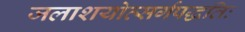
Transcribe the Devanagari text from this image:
जलाशयोत्सर्गपद्धतिः